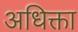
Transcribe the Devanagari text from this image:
अधिक्ता